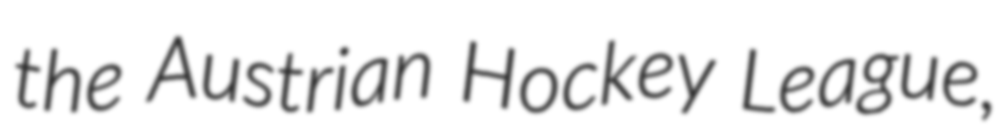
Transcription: the Austrian Hockey League,